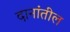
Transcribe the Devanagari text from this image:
दानांतील